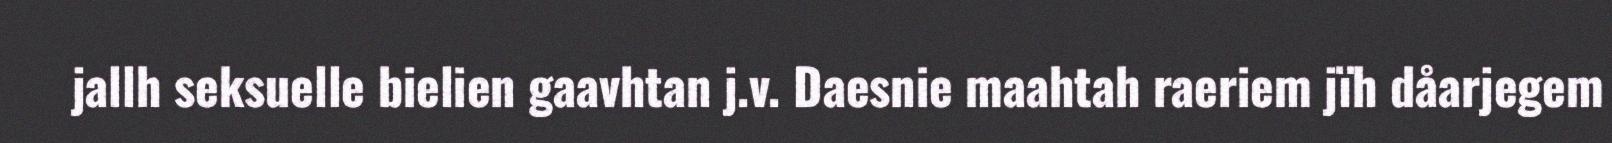
jallh seksuelle bielien gaavhtan j.v. Daesnie maahtah raeriem jïh dåarjegem